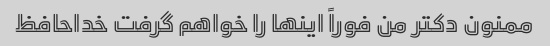
ممنون دکتر من فوراً اینها را خواهم گرفت خداحافظ